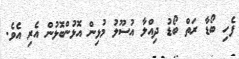
ފެހި ބޯޑާ ރަތް ބޯޑު ދިއްލާ އުސޫލު މުޅިން އޮޅުންބޮޅުން އެރި އެވެ.